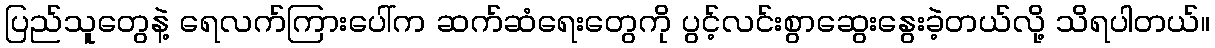
ပြည်သူတွေနဲ့ ရေလက်ကြားပေါ်က ဆက်ဆံရေးတွေကို ပွင့်လင်းစွာဆွေးနွေးခဲ့တယ်လို့ သိရပါတယ်။